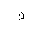
Letter: _kaf